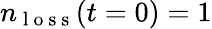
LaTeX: n_{\mathrm{~l~o~s~s~}}(t=0)=1